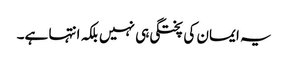
یہ ایمان کی پختگی ہی نہیں بلکہ انتہا ہے۔